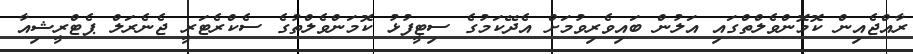
ރާއްޖެއިން ކޮމޮންވެލްތްގައި އަލުން ބައިވެރިވުމަށް އެދޭކަމުގެ ސިޓީފުޅު ކޮމަންވެލްތުގެ ސެކްރެޓަރީ ޖެނެރަލް ޕެޓްރީޝިއާ